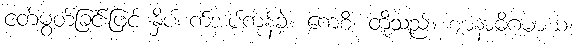
ငတ်မွတ်ခြင်းဖြင့် နှိပ်စက်အပ်ကုန်ခဲ့။ ကေစိ၊ တို့သည်။ ဈာနာဓိဂမာယ၊